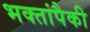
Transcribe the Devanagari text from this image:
भक्तांपैकी